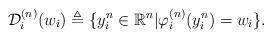
LaTeX: \begin{align*} \mathcal{D}_i^{(n)}(w_i) \triangleq \{y_i^n\in \mathbb{R}^n | \varphi_i^{(n)}(y_i^n)=w_i\}. \end{align*}